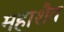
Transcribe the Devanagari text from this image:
महाशैव